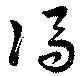
馮